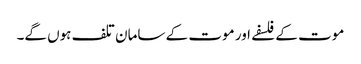
موت کے فلسفے اور موت کے سامان تلف ہوں گے۔